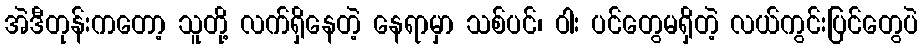
အဲဒီတုန်းကတော့ သူတို့ လက်ရှိနေတဲ့ နေရာမှာ သစ်ပင်၊ ဝါး ပင်တွေမရှိတဲ့ လယ်ကွင်းပြင်တွေပဲ